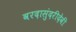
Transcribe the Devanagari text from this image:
वरदासुंदरीदेवी